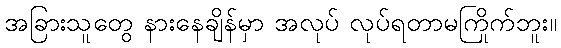
အခြားသူတွေ နားနေချိန်မှာ အလုပ် လုပ်ရတာမကြိုက်ဘူး။